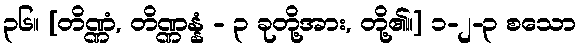
၃၆။ [တိဏ္ဏံ, တိဏ္ဏန္နံ - ၃ ခုတို့အား, တို့၏။] ၁-၂-၃ စသော